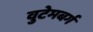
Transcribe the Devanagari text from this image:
वुटेमबर्ग